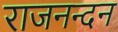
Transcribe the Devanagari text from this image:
राजनन्दन